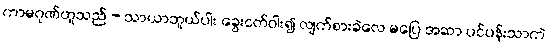
ကာမဂုဏ်ဟူသည် - သာယာဘူယ်ပါး ခွေးငတ်ဝါး၍ လျက်စားခဲလေ မပြေ အဆာ ပင်ပန်းသာကဲ